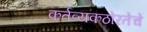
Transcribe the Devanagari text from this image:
कर्तव्यकठोरतेचे